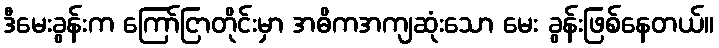
ဒီမေးခွန်းက ကြော်ငြာတိုင်းမှာ အဓိကအကျဆုံးသော မေး ခွန်းဖြစ်နေတယ်။